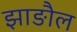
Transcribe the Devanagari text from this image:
झाङौल